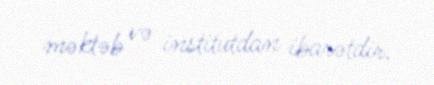
məktəb və institutdan ibarətdir.